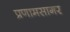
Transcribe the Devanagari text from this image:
प्रणामसागर